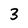
Character: 3